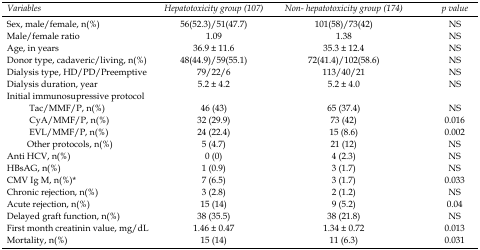
<table><thead><tr><td><b>Variables</b></td><td><b>Hepatotoxicity group (107)</b></td><td><b>Non- hepatotoxicity group (174)</b></td><td><b>p value</b></td></tr></thead><tbody><tr><td>Sex, male/female, n(%)</td><td>56(52.3)/51(47.7)</td><td>101(58)/73(42)</td><td>NS</td></tr><tr><td>Male/female ratio</td><td>1.09</td><td>1.38</td><td>NS</td></tr><tr><td>Age, in years</td><td>36.9 ± 11.6</td><td>35.3 ± 12.4</td><td>NS</td></tr><tr><td>Donor type, cadaveric/living, n(%)</td><td>48(44.9)/59(55.1)</td><td>72(41.4)/102(58.6)</td><td>NS</td></tr><tr><td>Dialysis type, HD/PD/Preemptive</td><td>79/22/6</td><td>113/40/21</td><td>NS</td></tr><tr><td>Dialysis duration, year</td><td>5.2 ± 4.2</td><td>5.2 ± 4.0</td><td>NS</td></tr><tr><td>Initial immunosupressive protocol</td><td></td><td></td><td></td></tr><tr><td>Tac/MMF/P, n(%)</td><td>46 (43)</td><td>65 (37.4)</td><td>NS</td></tr><tr><td>CyA/MMF/P, n(%)</td><td>32 (29.9)</td><td>73 (42)</td><td>0.016</td></tr><tr><td>EVL/MMF/P, n(%)</td><td>24 (22.4)</td><td>15 (8.6)</td><td>0.002</td></tr><tr><td>Other protocols, n(%)</td><td>5 (4.7)</td><td>21 (12)</td><td>NS</td></tr><tr><td>Anti HCV, n(%)</td><td>0 (0)</td><td>4 (2.3)</td><td>NS</td></tr><tr><td>HBsAG, n(%)</td><td>1 (0.9)</td><td>3 (1.7)</td><td>NS</td></tr><tr><td>CMV Ig M, n(%)*</td><td>7 (6.5)</td><td>3 (1.7)</td><td>0.033</td></tr><tr><td>Chronic rejection, n(%)</td><td>3 (2.8)</td><td>2 (1.2)</td><td>NS</td></tr><tr><td>Acute rejection, n(%)</td><td>15 (14)</td><td>9 (5.2)</td><td>0.04</td></tr><tr><td>Delayed graft function, n(%)</td><td>38 (35.5)</td><td>38 (21.8)</td><td>NS</td></tr><tr><td>First month creatinin value, mg/dL</td><td>1.46 ± 0.47</td><td>1.34 ± 0.72</td><td>0.013</td></tr><tr><td>Mortality, n(%)</td><td>15 (14)</td><td>11 (6.3)</td><td>0.031</td></tr></tbody></table>